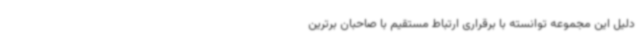
دلیل این مجموعه توانسته با برقراری ارتباط مستقیم با صاحبان برترین